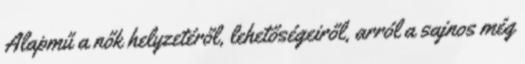
Alapmű a nők helyzetéről, lehetőségeiről, arról a sajnos még